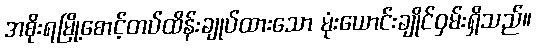
အစိုးရမြို့စောင့်တပ်ထိန်းချုပ်ထားသော မုံးယောင်းချိုင်ဝှမ်းရှိသည်။